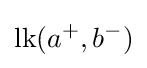
\operatorname {lk} (a^{+},b^{-})